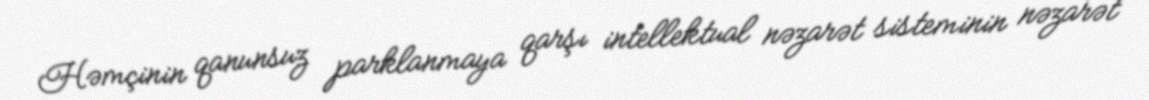
Həmçinin qanunsuz parklanmaya qarşı intellektual nəzarət sisteminin nəzarət